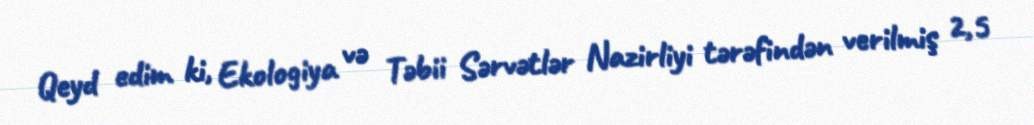
Qeyd edim ki, Ekologiya və Təbii Sərvətlər Nazirliyi tərəfindən verilmiş 2,5